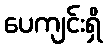
ပေကျင်းရှိ